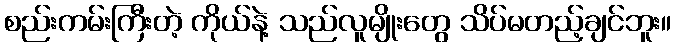
စည်းကမ်းကြီးတဲ့ ကိုယ်နဲ့ သည်လူမျိုးတွေ သိပ်မတည့်ချင်ဘူး။